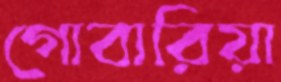
গোবারিয়া